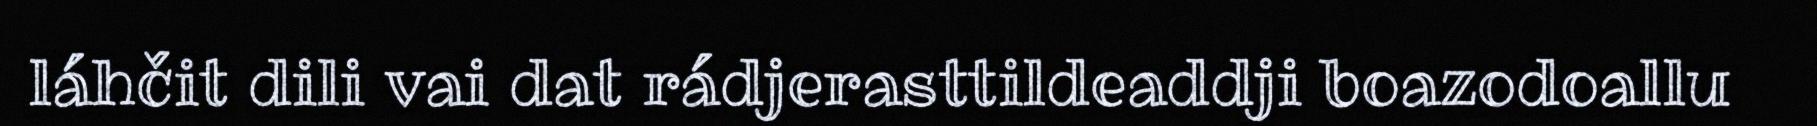
láhčit dili vai dat rádjerasttildeaddji boazodoallu